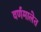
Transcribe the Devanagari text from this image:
वर्णमालेत